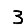
Digit: 3